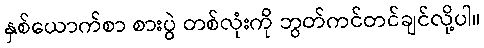
နှစ်ယောက်စာ စားပွဲ တစ်လုံးကို ဘွတ်ကင်တင်ချင်လို့ပါ။